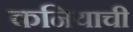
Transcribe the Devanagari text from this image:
कनियाची